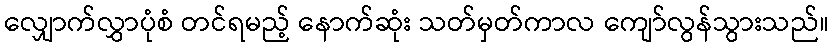
လျှောက်လွှာပုံစံ တင်ရမည့် နောက်ဆုံး သတ်မှတ်ကာလ ကျော်လွန်သွားသည်။